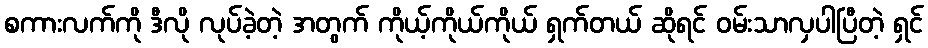
စကားလက်ကို ဒီလို လုပ်ခဲ့တဲ့ အတွက် ကိုယ့်ကိုယ်ကိုယ် ရှက်တယ် ဆိုရင် ဝမ်းသာလှပါပြီတဲ့ ရှင်